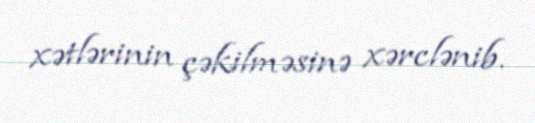
xətlərinin çəkilməsinə xərclənib.